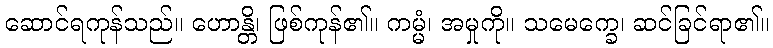
ဆောင်ရကုန်သည်။ ဟောန္တိ၊ ဖြစ်ကုန်၏။ ကမ္မံ၊ အမှုကို။ သမေက္ခေ၊ ဆင်ခြင်ရာ၏။